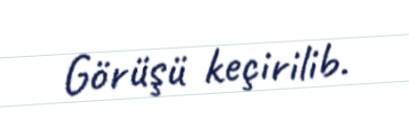
Görüşü keçirilib.